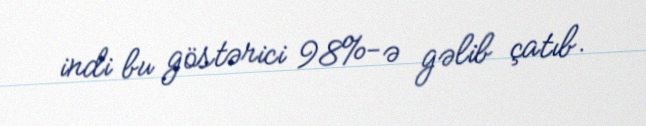
indi bu göstərici 98%-ə gəlib çatıb.